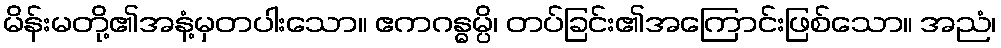
မိန်းမတို့၏အနံ့မှတပါးသော။ ဧကဂန္ဓမ္ပိ၊ တပ်ခြင်း၏အကြောင်းဖြစ်သော။ အညံ၊